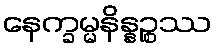
နေက္ခမ္မနိန္နဉ္စဿ